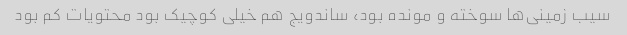
سیب زمینی‌ها سوخته و مونده بود، ساندویج هم خیلی کوچیک بود محتویات کم بود